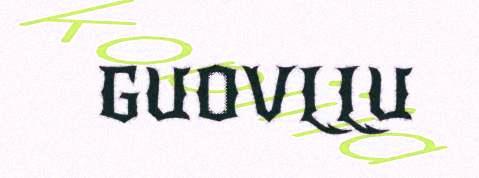
GUOVLLU